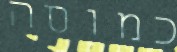
כמוסה